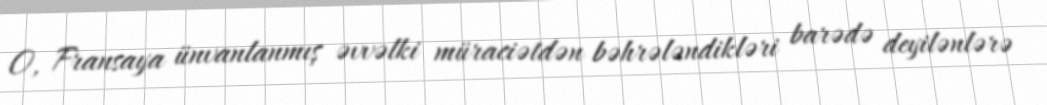
O, Fransaya ünvanlanmış əvvəlki müraciətdən bəhrələndikləri barədə deyilənlərə